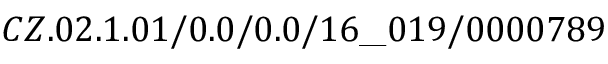
C Z . 0 2 . 1 . 0 1 / 0 . 0 / 0 . 0 / 1 6 \_ 0 1 9 / 0 0 0 0 7 8 9